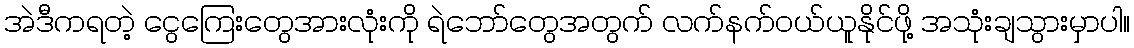
အဲဒီကရတဲ့ ငွေကြေးတွေအားလုံးကို ရဲဘော်တွေအတွက် လက်နက်ဝယ်ယူနိုင်ဖို့ အသုံးချသွားမှာပါ။